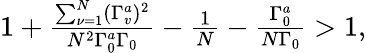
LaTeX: \begin{array}{r}{1+\frac{\sum_{\nu=1}^{N}(\Gamma_{v}^{a})^{2}}{N^{2}\Gamma_{0}^{a}\Gamma_{0}}-\frac{1}{N}-\frac{\Gamma_{0}^{a}}{N\Gamma_{0}}>1,}\end{array}